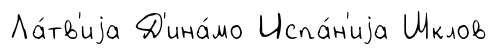
Ла́тв'иjа Д'ина́мо Испа́н'иjа Шклов